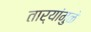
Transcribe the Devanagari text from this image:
तार्‍यांमुळे